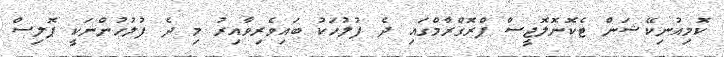
ކޮމިއުނިކޭޝަން ޓެކޮނޮލޮޖީސް ޕްރޮގްރާމްގައި ދެ ފުލުހަކު ބައިވެރިވާއިރު މި ދެ ފުލުހުންނަކީ ޕޮލިސް